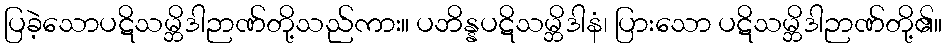
ပြခဲ့သောပဋိသမ္ဘိဒါဉာဏ်တို့သည်ကား။ ပဘိန္နပဋိသမ္ဘိဒါနံ၊ ပြားသော ပဋိသမ္ဘိဒါဉာဏ်တို့၏။